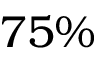
7 5 \%